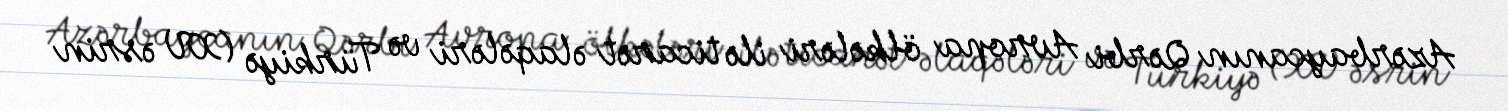
Azərbaycanın Qərbi Avropa ölkələri ilə ticarət əlaqələri və Türkiyə (XV əsrin